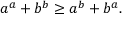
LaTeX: a ^ { a } + b ^ { b } \geq a ^ { b } + b ^ { a } .